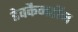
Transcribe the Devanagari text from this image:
डेवकैनटॉन